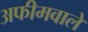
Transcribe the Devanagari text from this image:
अफीमवाले